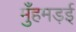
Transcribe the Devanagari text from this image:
मुँहमड़ई